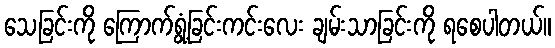
သေခြင်းကို ကြောက်ရွံ့ခြင်းကင်းလေး ချမ်းသာခြင်းကို ရစေပါတယ်။